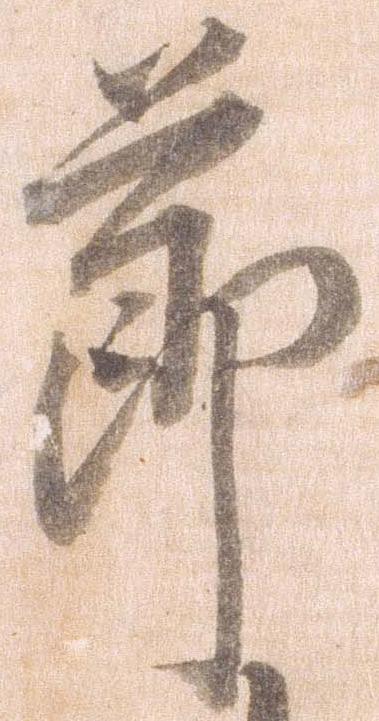
節